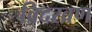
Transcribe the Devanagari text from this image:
विदरव्रण